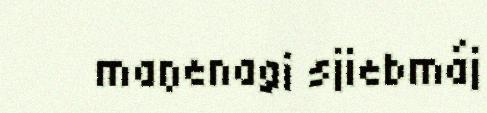
maŋenagi sjiebmáj